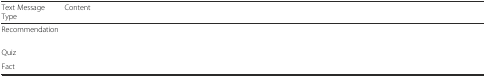
<table><thead><tr><td><b>Text Message Type</b></td><td><b>Content</b></td></tr></thead><tbody><tr><td>Recommendation</td><td>[EMPTY_CELL]</td></tr><tr><td>Quiz</td><td>[EMPTY_CELL]</td></tr><tr><td>Fact</td><td>[EMPTY_CELL]</td></tr></tbody></table>